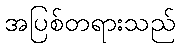
အပြစ်တရားသည်